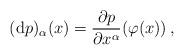
LaTeX: \begin{align*}(\mathrm{d}p)_\alpha(x)=\frac{\partial p}{\partial x^\alpha}(\varphi(x))\,,\end{align*}